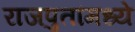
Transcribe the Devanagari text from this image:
राजपुतांमध्ये